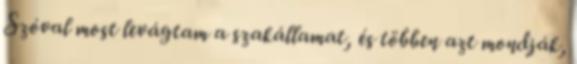
Szóval most levágtam a szakállamat, és többen azt mondják,